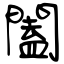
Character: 闔